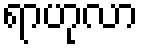
ရာဟုလာ